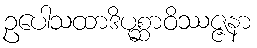
ဥပေါသထာဒိပုစ္ဆာဝိဿဇ္ဇနာ